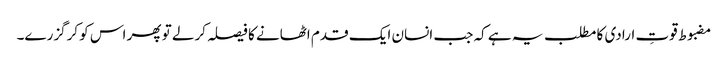
مضبوط قوتِ ارادی کا مطلب یہ ہے کہ جب انسان ایک قدم اٹھانے کا فیصلہ کرلے تو پھر اس کو کرگزرے۔